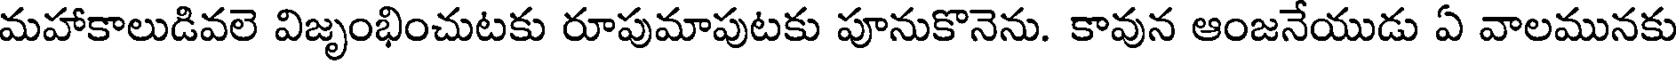
మహాకాలుడివలె విజృంభించుటకు రూపుమాపుటకు పూనుకొనెను. కావున ఆంజనేయుడు ఏ వాలమునకు